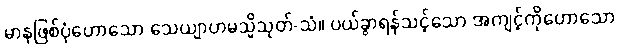
မာနဖြစ်ပုံဟောသော သေယျာဟမသ္မိသုတ်-သံ။ ပယ်ခွာရန်သင့်သော အကျင့်ကိုဟောသော